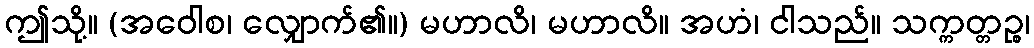
ဤသို့။ (အဝေါစ၊ လျှောက်၏။) မဟာလိ၊ မဟာလိ။ အဟံ၊ ငါသည်။ သက္ကတ္တဉ္စ၊